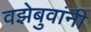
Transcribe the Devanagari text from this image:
वझेबुवांनी